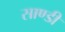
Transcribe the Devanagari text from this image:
साण्डी